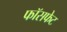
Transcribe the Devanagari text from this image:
फॉसफेट